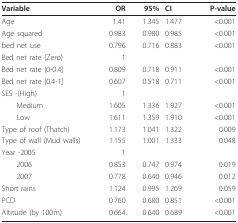
<table><thead><tr><td><b>Variable</b></td><td><b>OR</b></td><td><b>95%</b></td><td><b>CI</b></td><td><b>P-value</b></td></tr></thead><tbody><tr><td>Age</td><td>1.41</td><td>1.345</td><td>1.477</td><td>&lt;0.001</td></tr><tr><td>Age squared</td><td>0.983</td><td>0.980</td><td>0.985</td><td>&lt;0.001</td></tr><tr><td>bed net use</td><td>0.796</td><td>0.716</td><td>0.883</td><td>&lt;0.001</td></tr><tr><td>Bed net rate (Zero)</td><td>1</td><td></td><td></td><td></td></tr><tr><td>Bed net rate (0-0.4]</td><td>0.809</td><td>0.718</td><td>0.911</td><td>&lt;0.001</td></tr><tr><td>Bed net rate (0.4-1]</td><td>0.607</td><td>0.518</td><td>0.711</td><td>&lt;0.001</td></tr><tr><td>SES -(High)</td><td>1</td><td></td><td></td><td></td></tr><tr><td> Medium</td><td>1.605</td><td>1.336</td><td>1.927</td><td>&lt;0.001</td></tr><tr><td> Low</td><td>1.611</td><td>1.359</td><td>1.910</td><td>&lt;0.001</td></tr><tr><td>Type of roof (Thatch)</td><td>1.173</td><td>1.041</td><td>1.322</td><td>0.009</td></tr><tr><td>Type of wall (Mud walls)</td><td>1.155</td><td>1.001</td><td>1.333</td><td>0.048</td></tr><tr><td>Year -2005</td><td>1</td><td></td><td></td><td></td></tr><tr><td> 2006</td><td>0.853</td><td>0.747</td><td>0.974</td><td>0.019</td></tr><tr><td> 2007</td><td>0.778</td><td>0.640</td><td>0.946</td><td>0.012</td></tr><tr><td>Short rains</td><td>1.124</td><td>0.995</td><td>1.269</td><td>0.059</td></tr><tr><td>PCD</td><td>0.760</td><td>0.680</td><td>0.851</td><td>&lt;0.001</td></tr><tr><td>Altitude (by 100m)</td><td>0.664</td><td>0.640</td><td>0.689</td><td>&lt;0.001</td></tr></tbody></table>